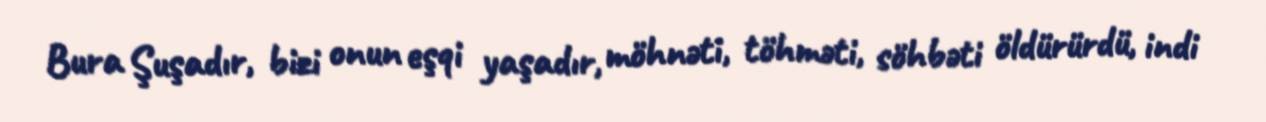
Bura Şuşadır, bizi onun eşqi yaşadır, möhnəti, töhməti, söhbəti öldürürdü, indi